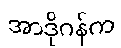
အာဒိုဂန်က